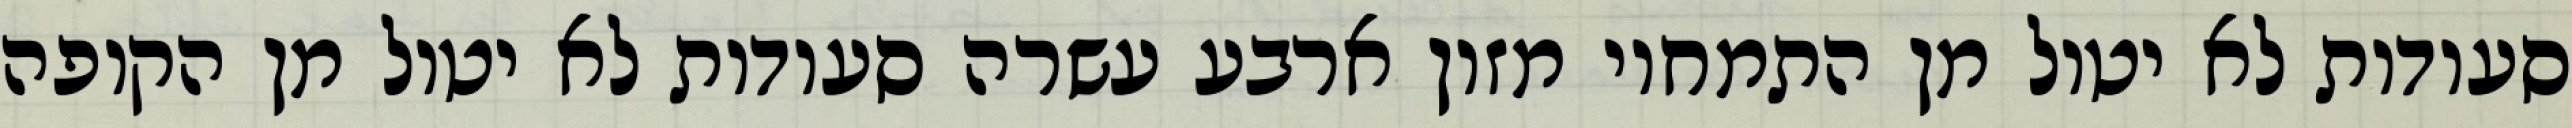
סעודות לא יטול מן התמחוי מזון ארבע עשרה סעודות לא יטול מן הקופה